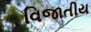
વિજાતીય